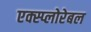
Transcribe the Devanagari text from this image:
एक्स्प्लोरेबल